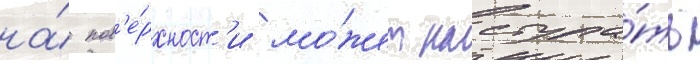
на́ пов'е́рхност'и мо́жет наступа́ть